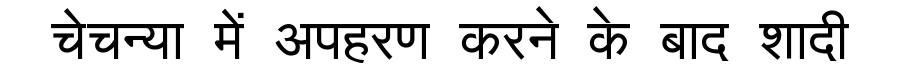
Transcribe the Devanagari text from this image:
चेचन्या में अपहरण करने के बाद शादी